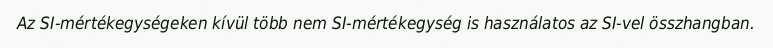
Az SI-mértékegységeken kívül több nem SI-mértékegység is használatos az SI-vel összhangban.